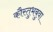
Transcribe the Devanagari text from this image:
कौस्तुभबुवा